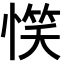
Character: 𢞖